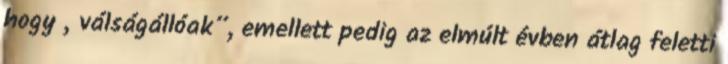
hogy „válságállóak”, emellett pedig az elmúlt évben átlag feletti